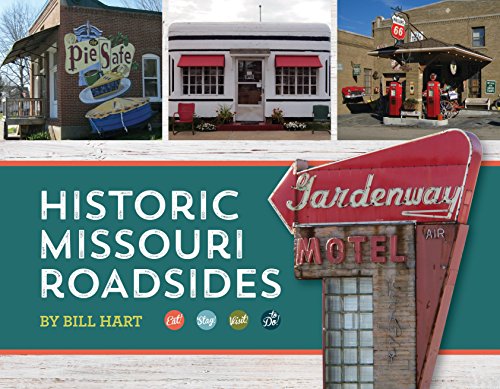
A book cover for Historic Missouri Roadsides; Bill Hart; Travel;